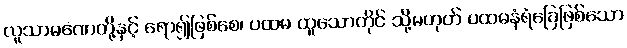
လူသာမဏေတို့နှင့် ရော၍ဖြစ်စေ၊ ပထမ ထူသောတိုင် သို့မဟုတ် ပထမနံရံခြေဖြစ်သော